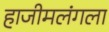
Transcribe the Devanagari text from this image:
हाजीमलंगला